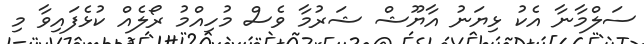
ސަލްމާނާ އެކު ޅިޔަނު އާޔޫޝް ޝަރުމާ ވެސް މުހިއްމު ރޯލެއް ކުޅެފައިވާ މި